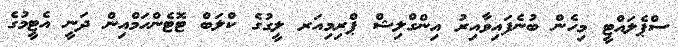
ސްޕެލައްޓީ މިހެން ބުނެފައިވާއިރު އިންގްލިޝް ޕްރިމިއަރ ލީގުގެ ކްލަބް ޓޮޓެންހަމްއިން ދަނީ އެޓީމުގެ